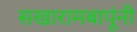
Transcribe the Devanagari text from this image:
सखारामबापूंनी